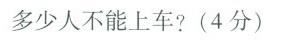
多少人不能上车?(4分)